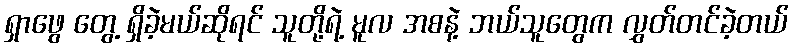
ရှာဖွေ တွေ့ ရှိခဲ့မယ်ဆိုရင် သူတို့ရဲ့ မူလ အစနဲ့ ဘယ်သူတွေက လွှတ်တင်ခဲ့တယ်